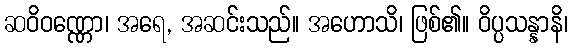
ဆဝိဝဏ္ဏော၊ အရေ, အဆင်းသည်။ အဟောသိ၊ ဖြစ်၏။ ဝိပ္ပသန္နာနိ၊